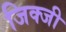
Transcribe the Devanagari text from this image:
जिक्जी